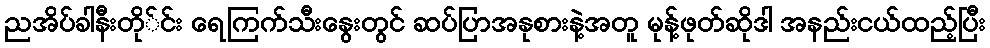
ညအိပ်ခါနီးတို်င်း ရေကြက်သီးနွေးတွင် ဆပ်ပြာအနုစားနဲ့အတူ မုန့်ဖုတ်ဆိုဒါ အနည်းငယ်ထည့်ပြီး